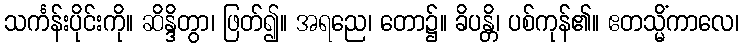
သင်္ကန်းပိုင်းကို။ ဆိန္ဒိတွာ၊ ဖြတ်၍။ အရညေ၊ တော၌။ ခိပန္တိ၊ ပစ်ကုန်၏။ ဧတသ္မိံကာလေ၊